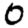
Digit: 0